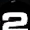
Digit: 2